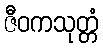
ဇီဝကသုတ္တံ